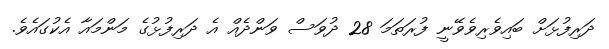
ދަރިފުޅަށް ބައިވެރިވެވޭނީ ފުރަަތަމަ 28 ދުވަސް ވަންދެއް އެ ދަރިފުޅުގެ މަންމައާ އެކުގައެވެ.